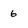
Character: 6